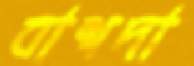
বাশদা